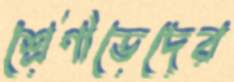
শ্রেণীভেদের